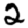
Digit: 2